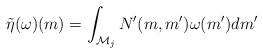
LaTeX: \begin{align*}\tilde{\eta}(\omega)(m)=\int_{\mathcal{M}_{j}}N^{\prime}(m,m^{\prime})\omega(m^{\prime})dm^{\prime}\end{align*}